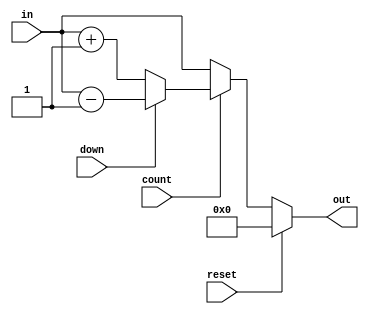
`timescale 1ns / 1ps
//////////////////////////////////////////////////////////////////////////////////
// Company: 
// Engineer: 
// 
// Design Name: 
// Module Name: INC_n
// Project Name: 
// Target Devices: 
// Tool Versions: 
// Description: 
// 
// Dependencies: 
// 
// Revision:
// Revision 0.01 - File Created
// Additional Comments:
// 
//////////////////////////////////////////////////////////////////////////////////

module INC_n #(parameter n = 4)(
    input [n-1:0] in,
    input down,
    input count,
    input reset,
    output reg [n-1:0] out
    );
    
    always @(*)
    begin
    
    if(reset)
        out = 0;
    else
        if(count)
        begin
            if(down == 0)
                out = in + 1;
            else
                out = in - 1;
        end
        else out = in;
    
    end
endmodule